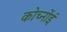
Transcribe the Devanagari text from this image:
कोर्च्नोई